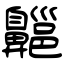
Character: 齆